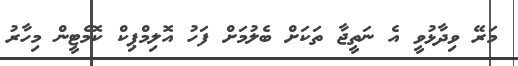
މަރޭ ވިދާޅުވީ އެ ނަތީޖާ ތަކަށް ބެލުމަށް ފަހު އޮލިމްޕިކް ކޮމެޓީން މިހާރު